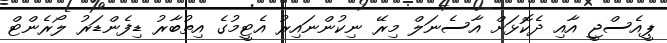
ޕީއެސްޖީ އާއި ދެކޮޅަށް އާސެނަލް މިރޭ ނިކުންނައިރު އެޓީމުގެ އިތުބާރު ޑިފެންޑަރު ލޯރެންޓް